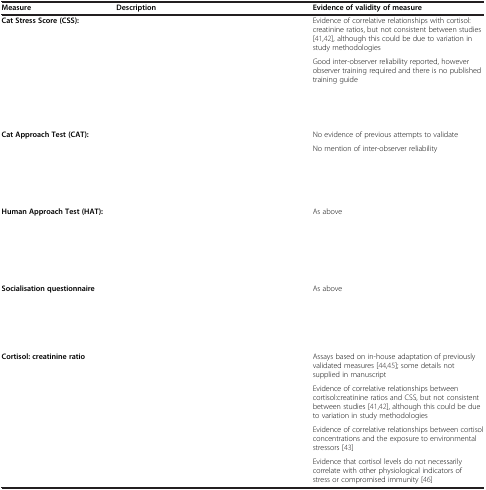
<table><thead><tr><td><b>Measure</b></td><td><b>Description</b></td><td><b>Evidence of validity of measure</b></td></tr></thead><tbody><tr><td rowspan="3"><b>Cat Stress Score (CSS):</b></td><td rowspan="3">[EMPTY_CELL]</td><td>Evidence of correlative relationships with cortisol: creatinine ratios, but not consistent between studies [41,42], although this could be due to variation in study methodologies</td></tr><tr><td>Good inter-observer reliability reported, however observer training required and there is no published training guide</td></tr><tr><td>[EMPTY_CELL]</td></tr><tr><td rowspan="2"><b>Cat Approach Test (CAT):</b></td><td rowspan="2">[EMPTY_CELL]</td><td>No evidence of previous attempts to validate</td></tr><tr><td>No mention of inter-observer reliability</td></tr><tr><td><b>Human Approach Test (HAT):</b></td><td>[EMPTY_CELL]</td><td>As above</td></tr><tr><td><b>Socialisation questionnaire</b></td><td>[EMPTY_CELL]</td><td>As above</td></tr><tr><td rowspan="3"><b>Cortisol: creatinine ratio</b></td><td rowspan="3">[EMPTY_CELL]</td><td>Assays based on in-house adaptation of previously validated measures [44,45]; some details not supplied in manuscript</td></tr><tr><td>Evidence of correlative relationships between cortisol:creatinine ratios and CSS, but not consistent between studies [41,42], although this could be due to variation in study methodologies</td></tr><tr><td>Evidence of correlative relationships between cortisol concentrations and the exposure to environmental stressors [43]</td></tr><tr><td>[EMPTY_CELL]</td><td>[EMPTY_CELL]</td><td>Evidence that cortisol levels do not necessarily correlate with other physiological indicators of stress or compromised immunity [46]</td></tr></tbody></table>